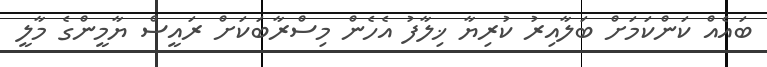
ބައެއް ކަންކަމަށް ބަލާއިރު ކުރިޔާ ޚިލާފު އެހެން މިސްރާބަކަށް ރައީސް ޔާމީންގެ މާލީ